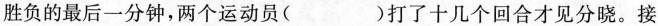
胜负的最后一分钟，两个运动员（ ）打了十几个回合才见分晓。接